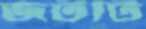
জটটি